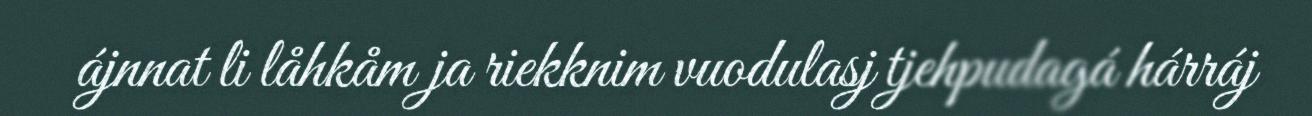
ájnnat li låhkåm ja riekknim vuodulasj tjehpudagá hárráj